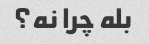
بله چرا نه؟